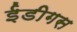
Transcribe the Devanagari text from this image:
ईडीगस